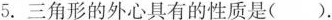
5.三角形的外心具有的性质是()。